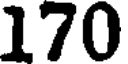
170